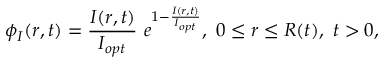
\phi _ { I } ( r , t ) = \frac { I ( r , t ) } { I _ { o p t } } \ e ^ { 1 - \frac { I ( r , t ) } { I _ { o p t } } } , \ 0 \leq r \leq R ( t ) , \ t > 0 ,